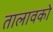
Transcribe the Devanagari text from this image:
तालावको